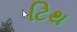
ટિથ